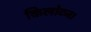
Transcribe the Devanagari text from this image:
किलोटन।